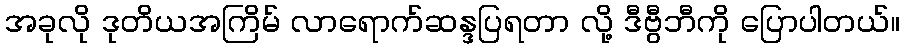
အခုလို ဒုတိယအကြိမ် လာရောက်ဆန္ဒပြရတာ လို့ ဒီဗွီဘီကို ပြောပါတယ်။